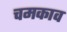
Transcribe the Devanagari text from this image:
चमकाव